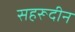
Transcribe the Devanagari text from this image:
सहरूदीन